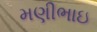
મણીભાઇ